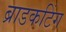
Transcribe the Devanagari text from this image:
ब्राडकटिंग